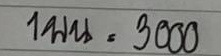
1บน =  3000